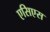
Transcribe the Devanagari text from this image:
एसिएस